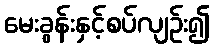
မေးခွန်းနှင့်စပ်လျဉ်း၍